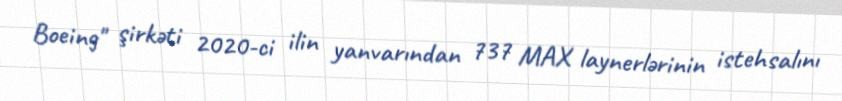
Boeing" şirkəti 2020-ci ilin yanvarından 737 MAX laynerlərinin istehsalını